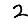
Digit: 2